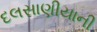
દલસાણીયાની